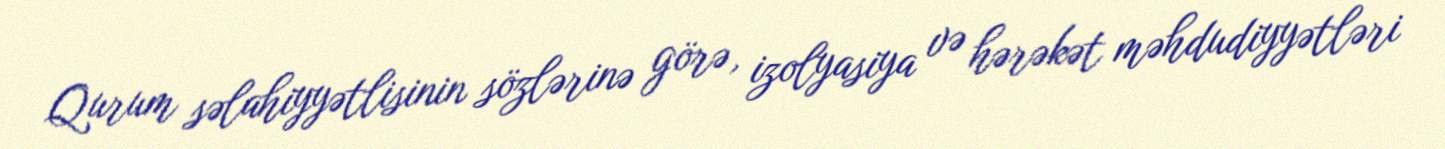
Qurum səlahiyyətlisinin sözlərinə görə, izolyasiya və hərəkət məhdudiyyətləri